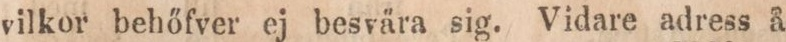
vilkor behöfver ej besvära sig. Vidare adress å